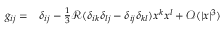
\begin{array} { r l } { g _ { i j } = } & { { } \delta _ { i j } - \frac { 1 } { 3 } \mathcal { R } ( \delta _ { i k } \delta _ { l j } - \delta _ { i j } \delta _ { k l } ) x ^ { k } x ^ { l } + \mathcal { O } ( | x | ^ { 3 } ) } \end{array}